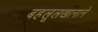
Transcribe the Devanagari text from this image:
बहलूलखानाने